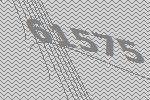
61575